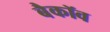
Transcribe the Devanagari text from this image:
बैकॉव